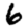
Digit: 6